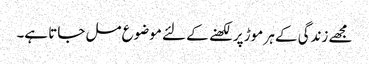
مجھے زندگی کے ہر موڑ پر لکھنے کے لئے موضوع مل جاتا ہے۔